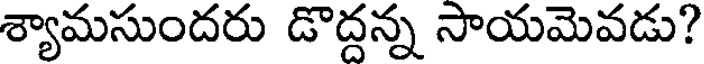
శ్యామసుందరు డొద్దన్న సాయమెవడు?